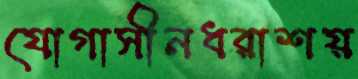
যোগাসীনধরাশয়